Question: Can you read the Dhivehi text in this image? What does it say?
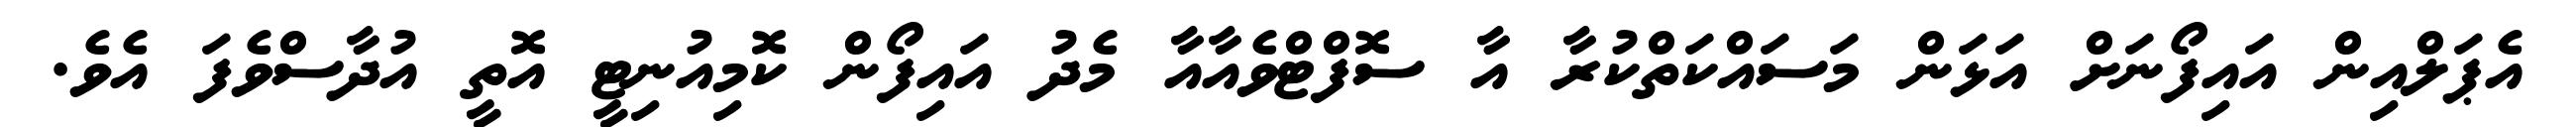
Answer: އެޕަލްއިން އައިފޯނަށް އަޅަން މަސައްކަތްކުރާ އާ ސޮފްޓްވެއާއާ މެދު އައިފޯން ކޮމިއުނިޓީ އޮތީ އުދާސްވެފަ އެވެ.